Indian journal of veterinary science and animal husbandry - Volume 7,
Year: 1937
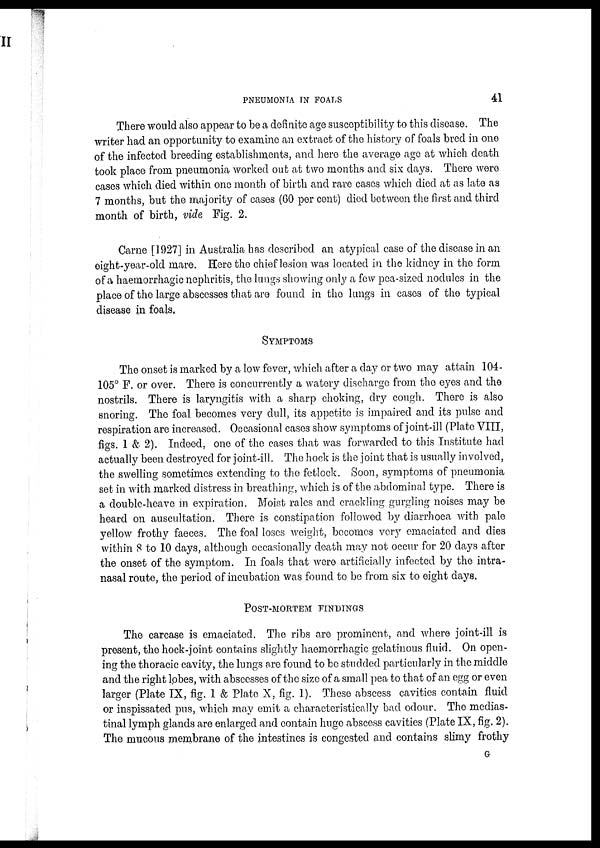
PNEUMONIA IN FOALS
41
There would also appear to be a definite age susceptibility to this disease. The
writer had an opportunity to examine an extract of the history of foals bred in one
of the infected breeding establishments, and here the average age at which death
took place from pneumonia worked out at two months and six days. There were
cases which died within one month of birth and rare cases which died at as late as
7 months, but the majority of cases (60 per cent) died between the first and third
month of birth, vide Fig. 2.
Carne [1927] in Australia has described an atypical case of the disease in an
eight-year-old mare. Here the chief lesion was located in the kidney in the form
of a haemorrhagic nephritis, the lungs showing only a few pea-sized nodules in the
place of the large abscesses that are found in the lungs in cases of the typical
disease in foals.
SYMPTOMS
The onset is marked by a low fever, which after a day or two may attain 104-
105° F. or over. There is concurrently a watery discharge from the eyes and the
nostrils. There is laryngitis with a sharp choking, dry cough. There is also
snoring. The foal becomes very dull, its appetite is impaired and its pulse and
respiration are increased. Occasional cases show symptoms of joint-ill (Plate VIII,
figs. 1 & 2). Indeed, one of the cases that was forwarded to this Institute had
actually been destroyed for joint-ill. The hock is the joint that is usually involved,
the swelling sometimes extending to the fetlock. Soon, symptoms of pneumonia
set in with marked distress in breathing, which is of the abdominal type. There is
a double-heave in expiration. Moist rales and crackling gurgling noises may be
heard on auscultation. There is constipation followed by diarrhoea with pale
yellow frothy faeces. The foal loses weight, becomes very emaciated and dies
within 8 to 10 days, although occasionally death may not occur for 20 days after
the onset of the symptom. In foals that were artificially infected by the intra-
nasal route, the period of incubation was found to be from six to eight days.
POST-MORTEM FINDINGS
The carcase is emaciated. The ribs are prominent, and where joint-ill is
present, the hock-joint contains slightly haemorrhagic gelatinous fluid. On open-
ing the thoracic cavity, the lungs are found to be studded particularly in the middle
and the right lobes, with abscesses of the size of a small pea to that of an egg or even
larger (Plate IX, fig. 1 & Plate X, fig. 1). These abscess cavities contain fluid
or inspissated pus, which may emit a characteristically bad odour. The medias¬
tinal lymph glands are enlarged and contain huge abscess cavities (Plate IX, fig. 2).
The mucous membrane of the intestines is congested and contains slimy frothy
G